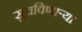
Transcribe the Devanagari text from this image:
सुचविणाऱ्या